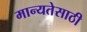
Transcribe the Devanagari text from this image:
मान्यतेसाठी